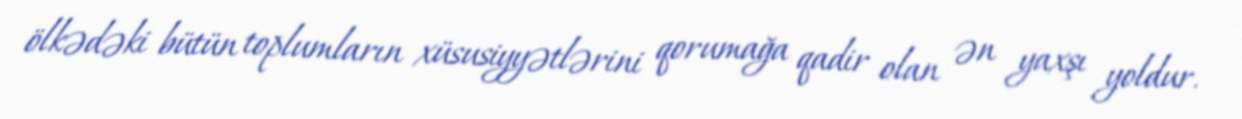
ölkədəki bütün toplumların xüsusiyyətlərini qorumağa qadir olan ən yaxşı yoldur.